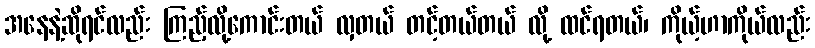
အနေနဲ့ဆိုရင်လည်း ကြည့်လို့ကောင်းတယ် လှတယ် တင့်တယ်တယ် လို့ ထင်ရတယ်၊ ကိုယ့်ဟာကိုယ်လည်း